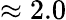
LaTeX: \approx 2.0